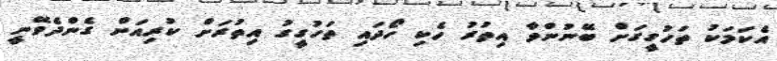
އެކަމަކު ތަހުގީގަށް ބޭނުންވާ އިތުރު ހެކި ހޯދައި ތަހުގީގު އިތުރަށް ކުރިއަށް ގެންދެވޭނީ